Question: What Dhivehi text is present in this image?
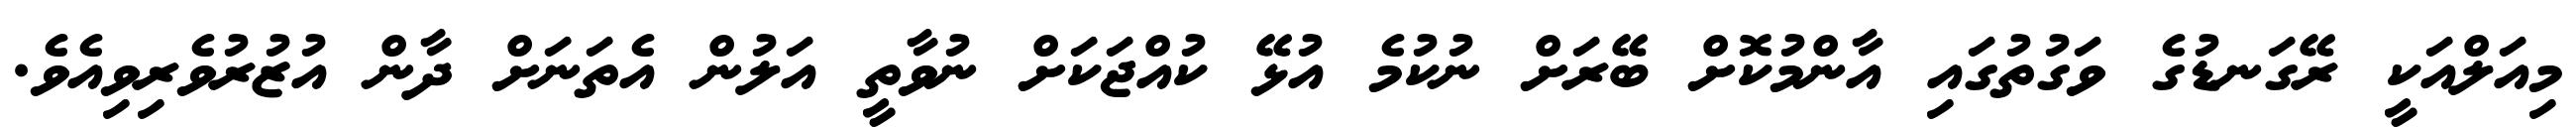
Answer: މިއަލްއަކީ ރޭގަނޑުގެ ވަގުތުގައި އާންމުކޮށް ބޭރަށް ނުކުމެ އުޅޭ ކުއްޖަކަށް ނުވާތީ އަލުން އެތަނަށް ދާން އުޒުރުވެރިވިއެވެ.